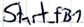
Text: Start_fB1